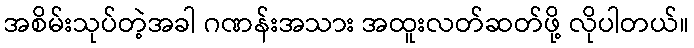
အစိမ်းသုပ်တဲ့အခါ ဂဏန်းအသား အထူးလတ်ဆတ်ဖို့ လိုပါတယ်။